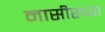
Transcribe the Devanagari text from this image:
नासीरच्या